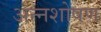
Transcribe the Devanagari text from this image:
अन्नशोषण